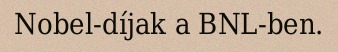
Nobel-díjak a BNL-ben.